Report of the Indian Hemp Drugs Commission, 1894-1895 - Volume IV
Year: 1894
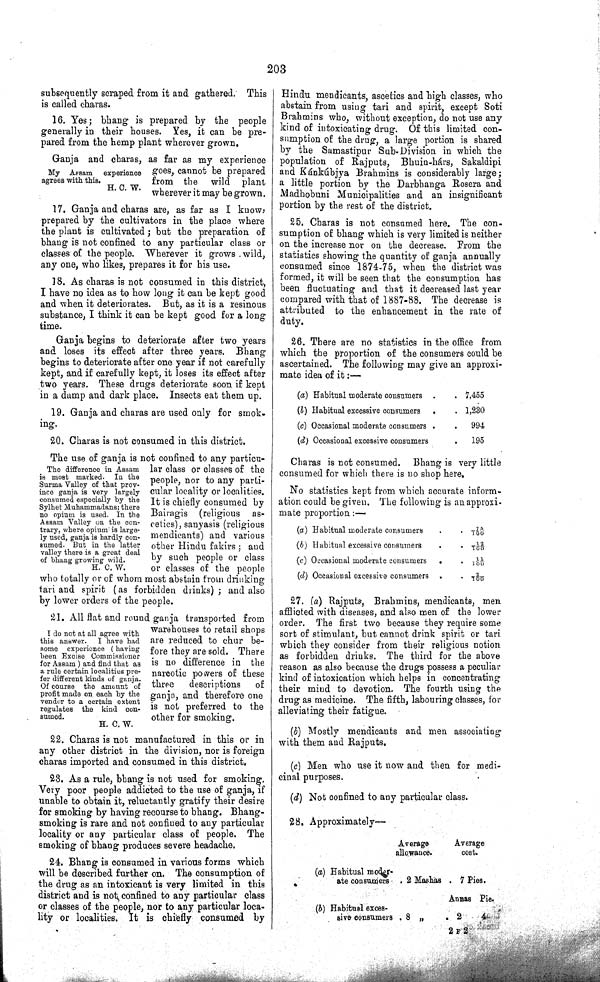
203
subsequently scraped from it and gathered. This
is called charas.
16. Yes; bhang is prepared by the people
generally in their houses. Yes, it can be pre-
pared from the hemp plant wherever grown.
My Assam
experience
agrees with this.
H. C. W.
17. Ganja and charas, as far as my experience
goes, cannot be prepared
from the
wild
plant
wherever it may be grown.
17. Ganja and charas are, as far as I know,
prepared by the cultivators in the place where
the plant is cultivated; but the preparation of
bhang is not confined to any particular class or
classes of the people. Wherever it grows wild,
any one, who likes, prepares it for his use.
18. As charas is not consumed in this district,
I have no idea as to how long it can be kept good
and when it deteriorates. But, as it is a resinous
substance, I think it can be kept good for a long
time.
Ganja begins to deteriorate after two years
and loses its effect after three years. Bhang
begins to deteriorate after one year if not carefully
kept, and if carefully kept, it loses its effect after
two years. These drugs deteriorate soon if kept
in a damp and dark place. Insects eat them up.
19. Ganja and charas are used only for smok-
ing.
20. Charas is not consumed in this district.
The difference in Assam
is most marked. In the
Surma Valley of that prov-
ince ganja is very largely
consumed especially by the
Sylhet Muhammadans; there
no opium is used. In the
Assam Valley on the con-
trary, where opium is large-
ly used, ganja is hardly con-
sumed. But in the latter
valley there is a great deal
of bhang growing wild.
H. C. W.
The use of ganja is not confined to any particu-
lar class or classes of the
people, nor to any parti-
cular locality or localities.
It is chiefly consumed by
Bairagis
(religious
as-
cetics), sanyasis (religious
mendicants) and various
other Hindu fakirs; and
by such people or class
or classes of the people
who totally or of whom most abstain from drinking
tari and spirit (as forbidden drinks); and also
by lower orders of the people.
I do not at all agree with
this answer.
I have had
some experience (having
been Excise Commissioner
for Assam ) and find that as
a rule certain localities pre-
fer different kinds of ganja.
Of course the amount of
profit made on each by the
vendor to a certain extent
regulates the kind con-
sumed.
H. C. W.
21. All flat and round ganja transported from
warehouses to retail shops
are reduced to chur be-
fore they are sold. There
is no difference in the
narcotic powers of these
three
descriptions
of
ganja, and therefore one
is not preferred to the
other for smoking.
22. Charas is not manufactured in this or in
any other district in the division, nor is foreign
charas imported and consumed in this district.
23. As a rule, bhang is not used for smoking.
Very poor people addicted to the use of ganja, if
unable to obtain it, reluctantly gratify their desire
for smoking by having recourse to bhang. Bhang-
smoking is rare and not confined to any particular
locality or any particular class of people. The
smoking of bhang produces severe headache.
24. Bhang is consumed in various forms which
will be described further on. The consumption of
the drug as an intoxicant is very limited in this
district and is not confined to any particular class
or classes of the people, nor to any particular loca-
lity or localities. It is chiefly consumed by
Hindu mendicants, ascetics and high classes, who
abstain from using tari and spirit, except Soti
Brahmins who, without exception, do not use any
kind of intoxicating drug. Of this limited con-
sumption of the drug, a large portion is shared
by the Samastipur Sub-Division in which the
population of Rajputs, Bhuin-hárs, Sakaldipi
and Kánkúbjya Brahmins is considerably large;
a little portion by the Darbhanga Rosera and
Madhobuni Municipalities and an insignificant
portion by the rest of the district.
25. Charas is not consumed here. The con-
sumption of bhang which is very limited is neither
on the increase nor on the decrease. From the
statistics showing the quantity of ganja annually
consumed since 1874-75, when the district was
formed, it will be seen that the consumption has
been fluctuating and that it decreased last year
compared with that of 1887-88. The decrease is
attributed to the enhancement in the rate of
duty.
26. There are no statistics in the office from
which the proportion of the consumers could be
ascertained. The following may give an approxi-
mate idea of it:—
(a) Habitual moderate consumers
7,455
(b) Habitual excessive consumers
1,230
(c) Occasional moderate consumers
994
(d) Occasional excessive consumers
195
Charas is not consumed.
Bhang is very little
consumed for which there is no shop here.
No statistics kept from which accurate inform-
ation could be given. The following is an approxi-
mate proportion:—
(a) Habitual moderate consumers
75/100
(b) Habitual excessive consumers
12/100
(c) Occasional moderate consumers
11/100
(d) Occasional excessive consumers
2/100
27. (a) Rajputs, Brahmins, mendicants, men
afflicted with diseases, and also men of the lower
order. The first two because they require some
sort of stimulant, but cannot drink spirit or tari
which they consider from their religious notion
as forbidden drinks. The third for the above
reason as also because the drugs possess a peculiar
kind of intoxication which helps in concentrating
their mind to devotion. The fourth using the
drug as medicine. The fifth, labouring classes, for
alleviating their fatigue.
(b) Mostly mendicants and men associating
with them and Rajputs.
(c) Men who use it now and then for medi-
cinal purposes.
(d) Not confined to any particular class.
28. Approximately—
Average
Average
allowance.
cost.
(a) Habitual moder-
ate consumers
2 Mashas
7 Pies.
Annas Pie.
(b) Habitual exces-
sive consumers
8 "
2
4
2 F 2